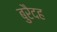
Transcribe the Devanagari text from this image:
बुरैदह